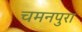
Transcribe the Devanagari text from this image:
चमनपुरा